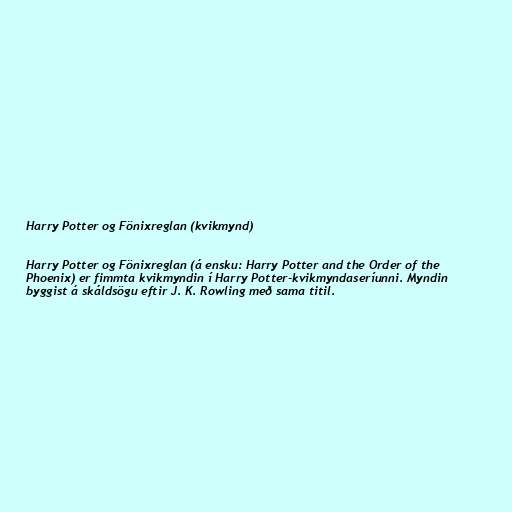
Harry Potter og Fönixreglan (kvikmynd)

Harry Potter og Fönixreglan (á ensku: Harry Potter and the Order of the
Phoenix) er fimmta kvikmyndin í Harry Potter-kvikmyndaseríunni. Myndin
byggist á skáldsögu eftir J. K. Rowling með sama titil.